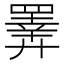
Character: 𢍰